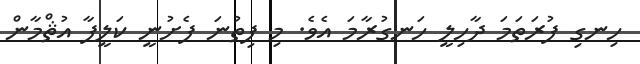
ހިނގި ފުރަތަމަ ދާހިލީ ހަނގުރާމަ އެވެ. މި ފިތުނަ ފެށުނީ ކަލީފާ އުޘްމާން